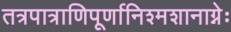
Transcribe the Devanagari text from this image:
तत्रपात्राणिपूर्णानिश्मशानाग्नेः